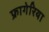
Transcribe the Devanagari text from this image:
फ्रागेरिया